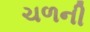
ચળની